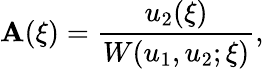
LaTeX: \mathbf{A}(\xi)={\frac{{u_{2}(\xi)}}{{W(u_{1},u_{2};\xi)}}},